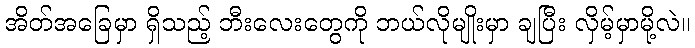
အိတ်အခြေမှာ ရှိသည့် ဘီးလေးတွေကို ဘယ်လိုမျိုးမှာ ချပြီး လှိမ့်မှာမို့လဲ။